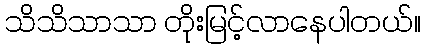
သိသိသာသာ တိုးမြင့်လာနေပါတယ်။